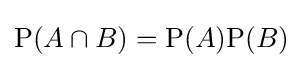
\mathrm {P} (A\cap B)=\mathrm {P} (A)\mathrm {P} (B)